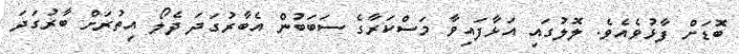
ބޮޑަށް ފާޅުވެއެވެ. ލޮލުގައި އަޅާފައިވާ މަސްކަރާގެ ސަބަބުން އެބާރުގަދަ ދެލޯ އިތުރަށް ބާރުގަދަ